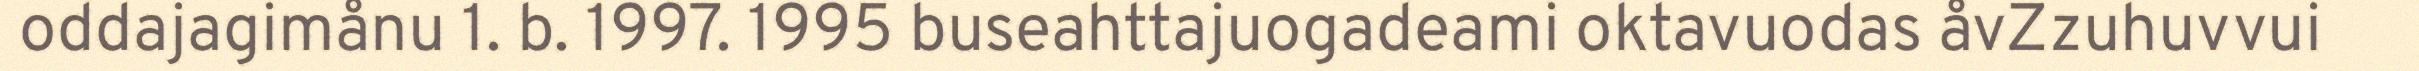
oddajagimånu 1. b. 1997. 1995 buseahttajuogadeami oktavuodas åvZzuhuvvui